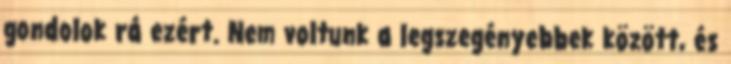
gondolok rá ezért. Nem voltunk a legszegényebbek között, és